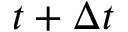
t + \Delta t